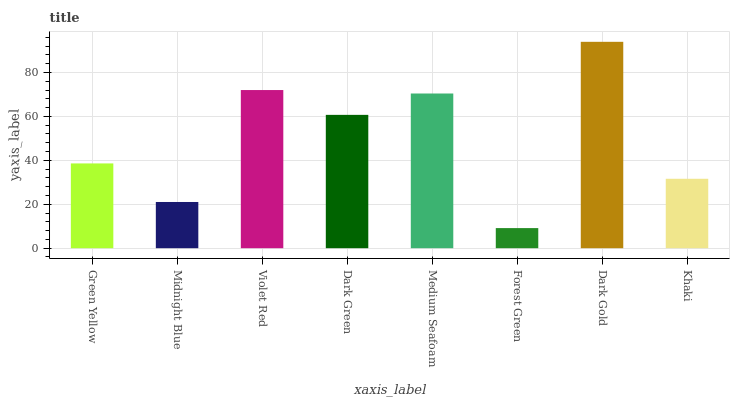
| xaxis_label | bars |
 | --- | --- |
 | Green Yellow | 38.6 |
 | Midnight Blue | 21 |
 | Violet Red | 72 |
 | Dark Green | 60.7 |
 | Medium Seafoam | 70.4 |
 | Forest Green | 9.15 |
 | Dark Gold | 94 |
 | Khaki | 31.6 |